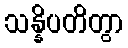
သန္နိပတိတွာ